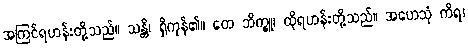
အကြင်ရဟန်းတို့သည်။ သန္တိ၊ ရှိကုန်၏။ တေ ဘိက္ခူ၊ ထိုရဟန်းတို့သည်။ အဟေသုံ ကိရ၊